system: You are a helpful assistant.
user:
Analyze the provided spectrum to determine if it is a **S-type Star**.

- **Key Indicators for S-type Star:**

    - **(Overall Spectrum Shape):** The first and most obvious characteristic is the overall continuum (the "baseline" shape). It is **extremely "red-sloping,"** meaning the flux (light intensity) is very low on the left side (blue, ~4000-4500 Å) and rises steeply and continuously toward the right side (red, ~7000 Å+).

    - **(Primary):** The spectrum is defined by the presence of strong, broad molecular absorption "valleys" (bands) from **Zirconium Oxide (ZrO)**. The identification of these bands is the **primary requirement** for classifying a star as S-type.
        - **(Key Bandheads):** You must find distinct, deep "dips" where the light has been absorbed. The most critical band systems to locate are:
            - **~6474 Å** ($\gamma$-system): This is often the strongest and clearest ZrO feature, found in the red part of the spectrum.
            - **~5718 Å** & **~5551 Å** ($\beta$-system): A pair of prominent absorption features in the yellow-orange part of the spectrum.
            - **~4640 Å** ($\alpha$-system): A key absorption band system in the blue-green region of the spectrum.

    - **(Secondary Confirmation):** The classification is strengthened by finding additional absorption bands from other related heavy element oxides, which are expected to be present alongside ZrO.
        - **(Key Bandheads):**
            - **Yttrium Oxide (YO):** Look for absorption dips near **~4800 Å** and **~6100 Å**.
            - **Lanthanum Oxide (LaO):** Additional absorption features, particularly in the red-orange part of the spectrum, are also characteristic.

    - **(Line Profile):** The combination of the steep red continuum and these numerous, deep molecular bands (ZrO, YO, etc.) gives the entire spectrum a very **"chopped-up"** or **"bumpy"** appearance. Instead of a smooth curve, the spectrum looks as though large, wide chunks of light have been "carved out" of it at the specific wavelengths listed above.

Think first, call **spectral_visualization_tool** if needed to examine features in detail, then provide your final answer. Your response must adhere to the following strict rules:
1.  **Overall Structure:** Your response must follow the format `<think>...</think> <tool_call>...</tool_call> (if a tool is used) <answer>...</answer>`.
2.  **Tool Usage Constraint:** You may only make **one** tool call per turn.
3.  **Final Answer Format:** In the `<answer>` tag, your conclusion must be inside a `\boxed{}` command (e.g., `\boxed{YES}` or `\boxed{NO}`), followed by your justification.

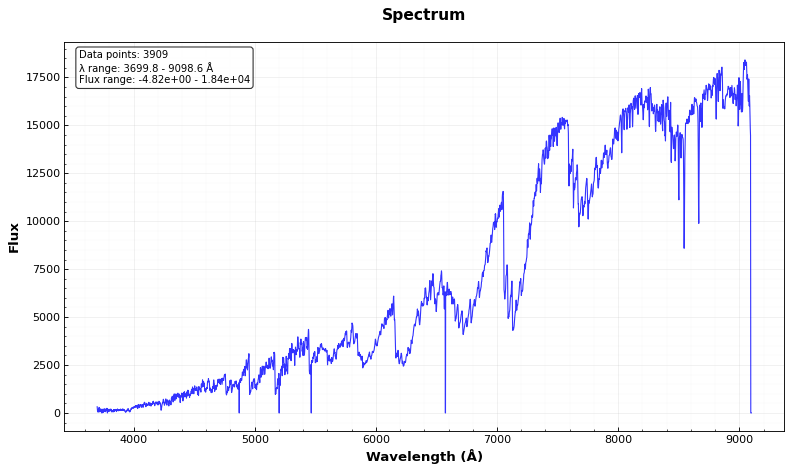
Answer: YES